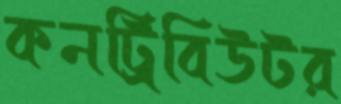
কনট্রিবিউটর